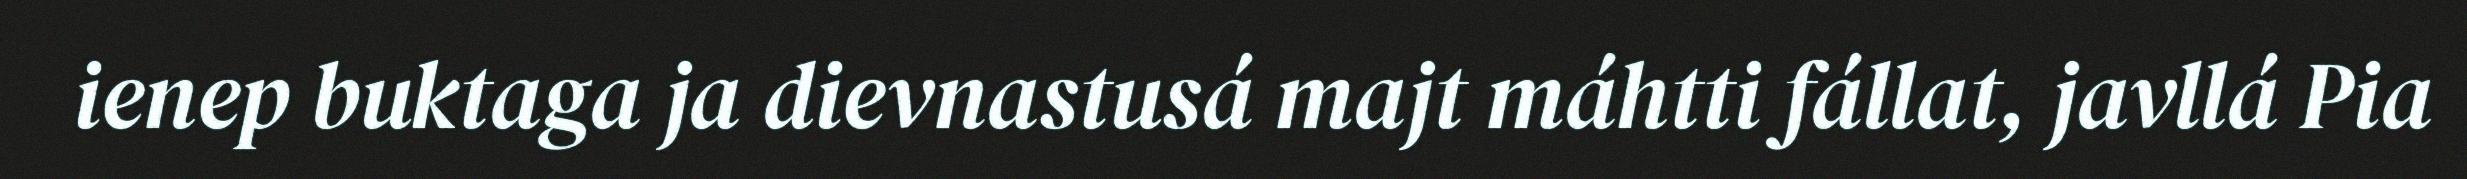
ienep buktaga ja dievnastusá majt máhtti fállat, javllá Pia